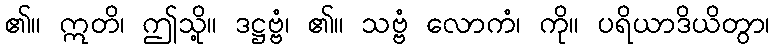
၏။ ဣတိ၊ ဤသို့။ ဒဋ္ဌဗ္ဗံ၊ ၏။ သဗ္ဗံ လောကံ၊ ကို။ ပရိယာဒိယိတွာ၊